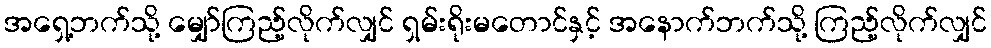
အရှေ့ဘက်သို့ မျှော်ကြည့်လိုက်လျှင် ရှမ်းရိုးမတောင်နှင့် အနောက်ဘက်သို့ ကြည့်လိုက်လျှင်